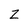
Character: Z